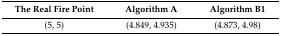
<table><thead><tr><td><b>The Real Fire Point</b></td><td><b>Algorithm A</b></td><td><b>Algorithm B1</b></td></tr></thead><tbody><tr><td>(5, 5)</td><td>(4.849, 4.935)</td><td>(4.873, 4.98)</td></tr></tbody></table>